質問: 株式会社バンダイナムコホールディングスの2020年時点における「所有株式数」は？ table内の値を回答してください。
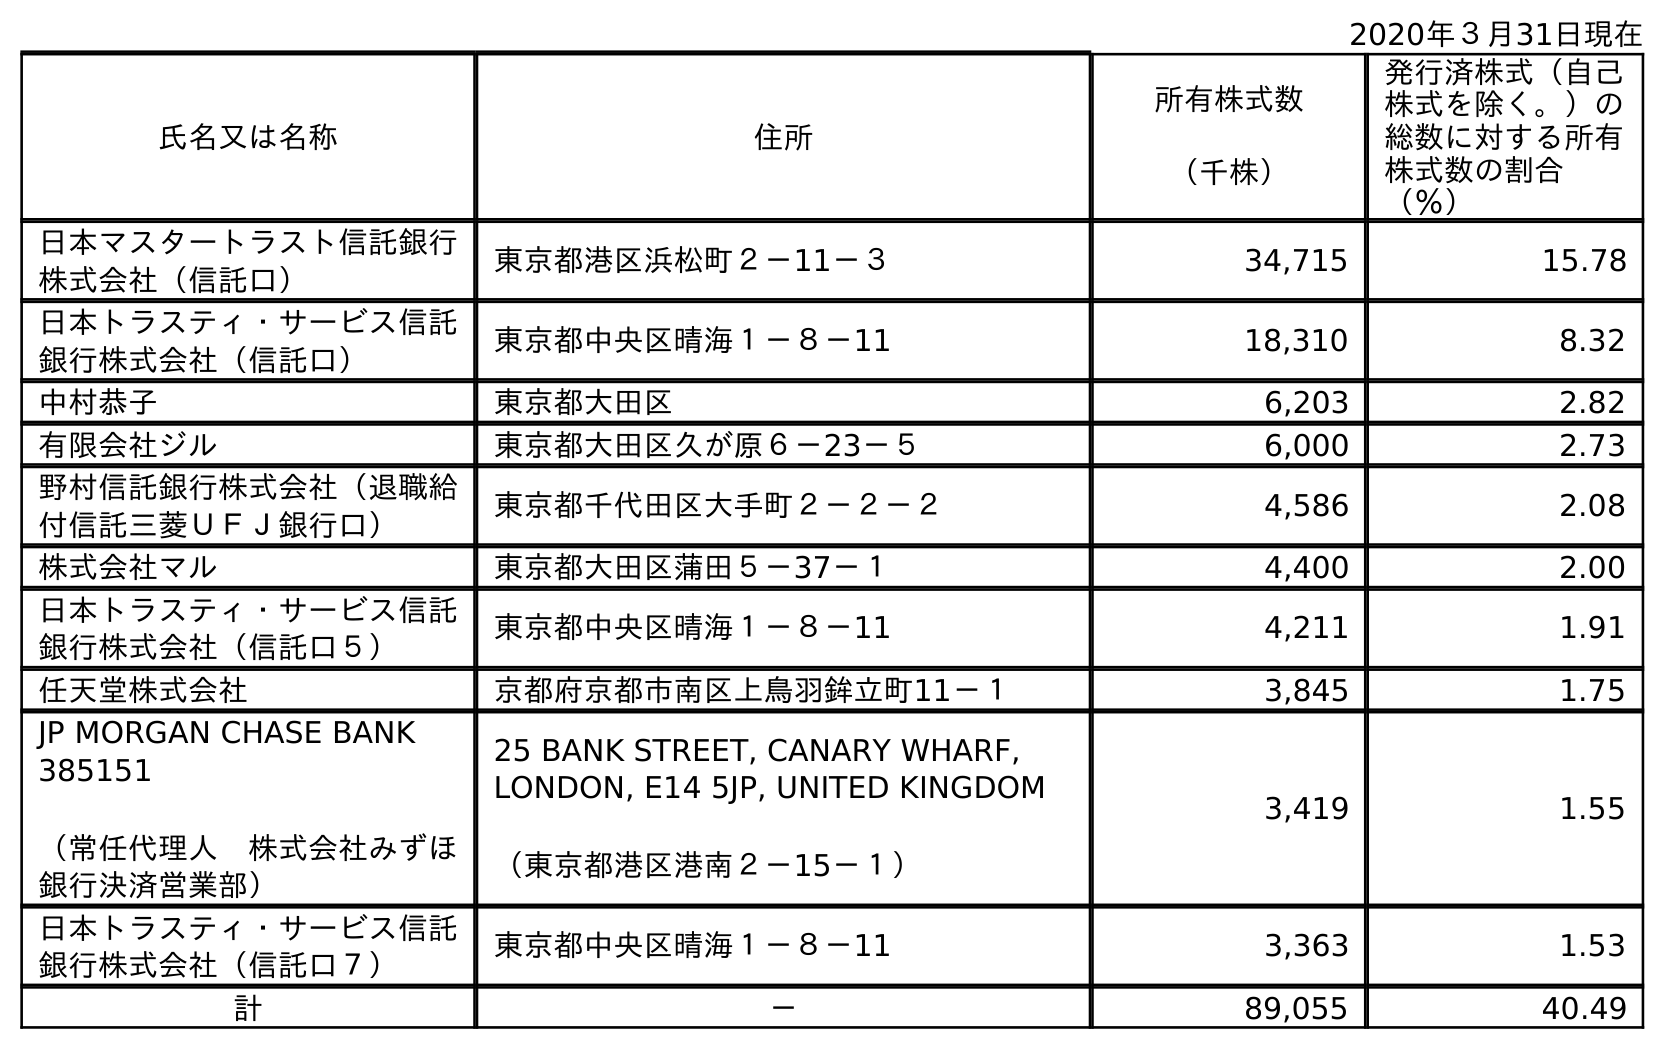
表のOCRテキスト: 2020年３月31日現在 氏名又は名称 住所 所有株式数 （千株） 発行済株式（自己 株式を除く。）の 総数に対する所有 株式数の割合 （％） 日本マスタートラスト信託銀行 株式会社（信託口） 東京都港区浜松町２－11－３ 34,715 15.78 日本トラスティ・サービス信託 銀行株式会社（信託口） 東京都中央区晴海１－８－11 18,310 8.32 中村恭子 東京都大田区 6,203 2.82 有限会社ジル 東京都大田区久が原６－23－５ 6,000 2.73 野村信託銀行株式会社（退職給 付信託三菱ＵＦＪ銀行口） 東京都千代田区大手町２－２－２ 4,586 2.08 株式会社マル 東京都大田区蒲田５－37－１ 4,400 2.00 日本トラスティ・サービス信託 銀行株式会社（信託口５） 東京都中央区晴海１－８－11 4,211 1.91 任天堂株式会社 京都府京都市南区上鳥羽鉾立町11－１ 3,845 1.75 JP MORGAN CHASE BANK 385151 （常任代理人 株式会社みずほ 銀行決済営業部） 25 BANK STREET, CANARY WHARF, LONDON, E14 5JP, UNITED KINGDOM （東京都港区港南２－15－１） 3,419 1.55 日本トラスティ・サービス信託 銀行株式会社（信託口７） 東京都中央区晴海１－８－11 3,363 1.53 計 － 89,055 40.49
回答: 89,055